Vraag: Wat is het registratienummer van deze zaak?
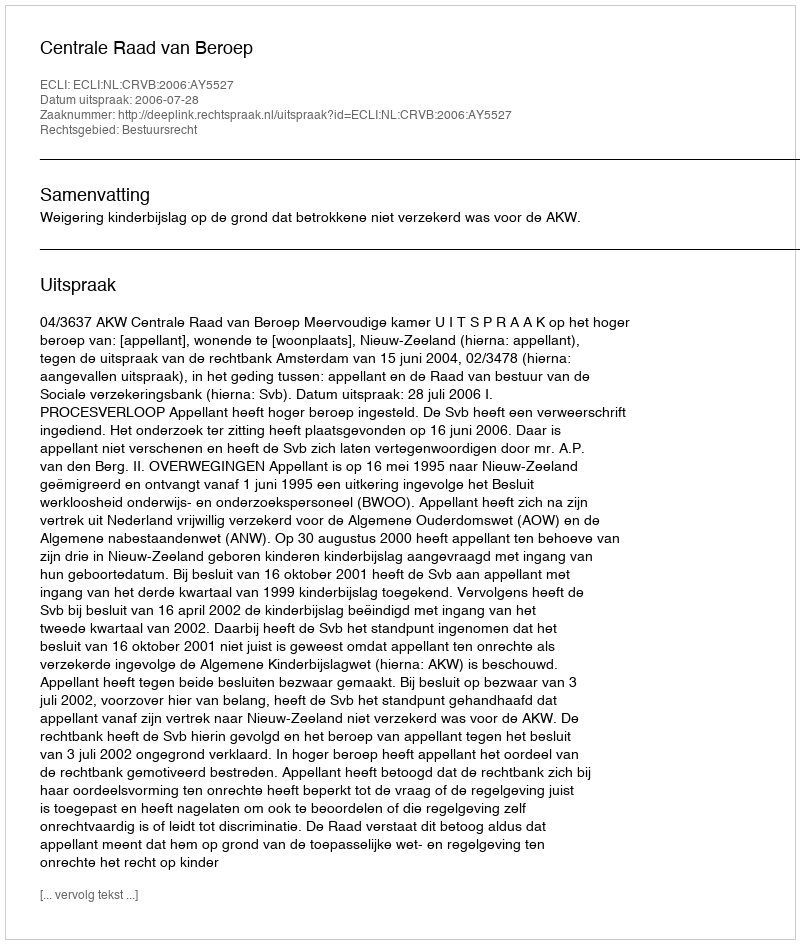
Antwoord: http://deeplink.rechtspraak.nl/uitspraak?id=ECLI:NL:CRVB:2006:AY5527